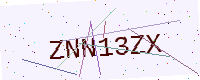
Text: ZNN13ZX